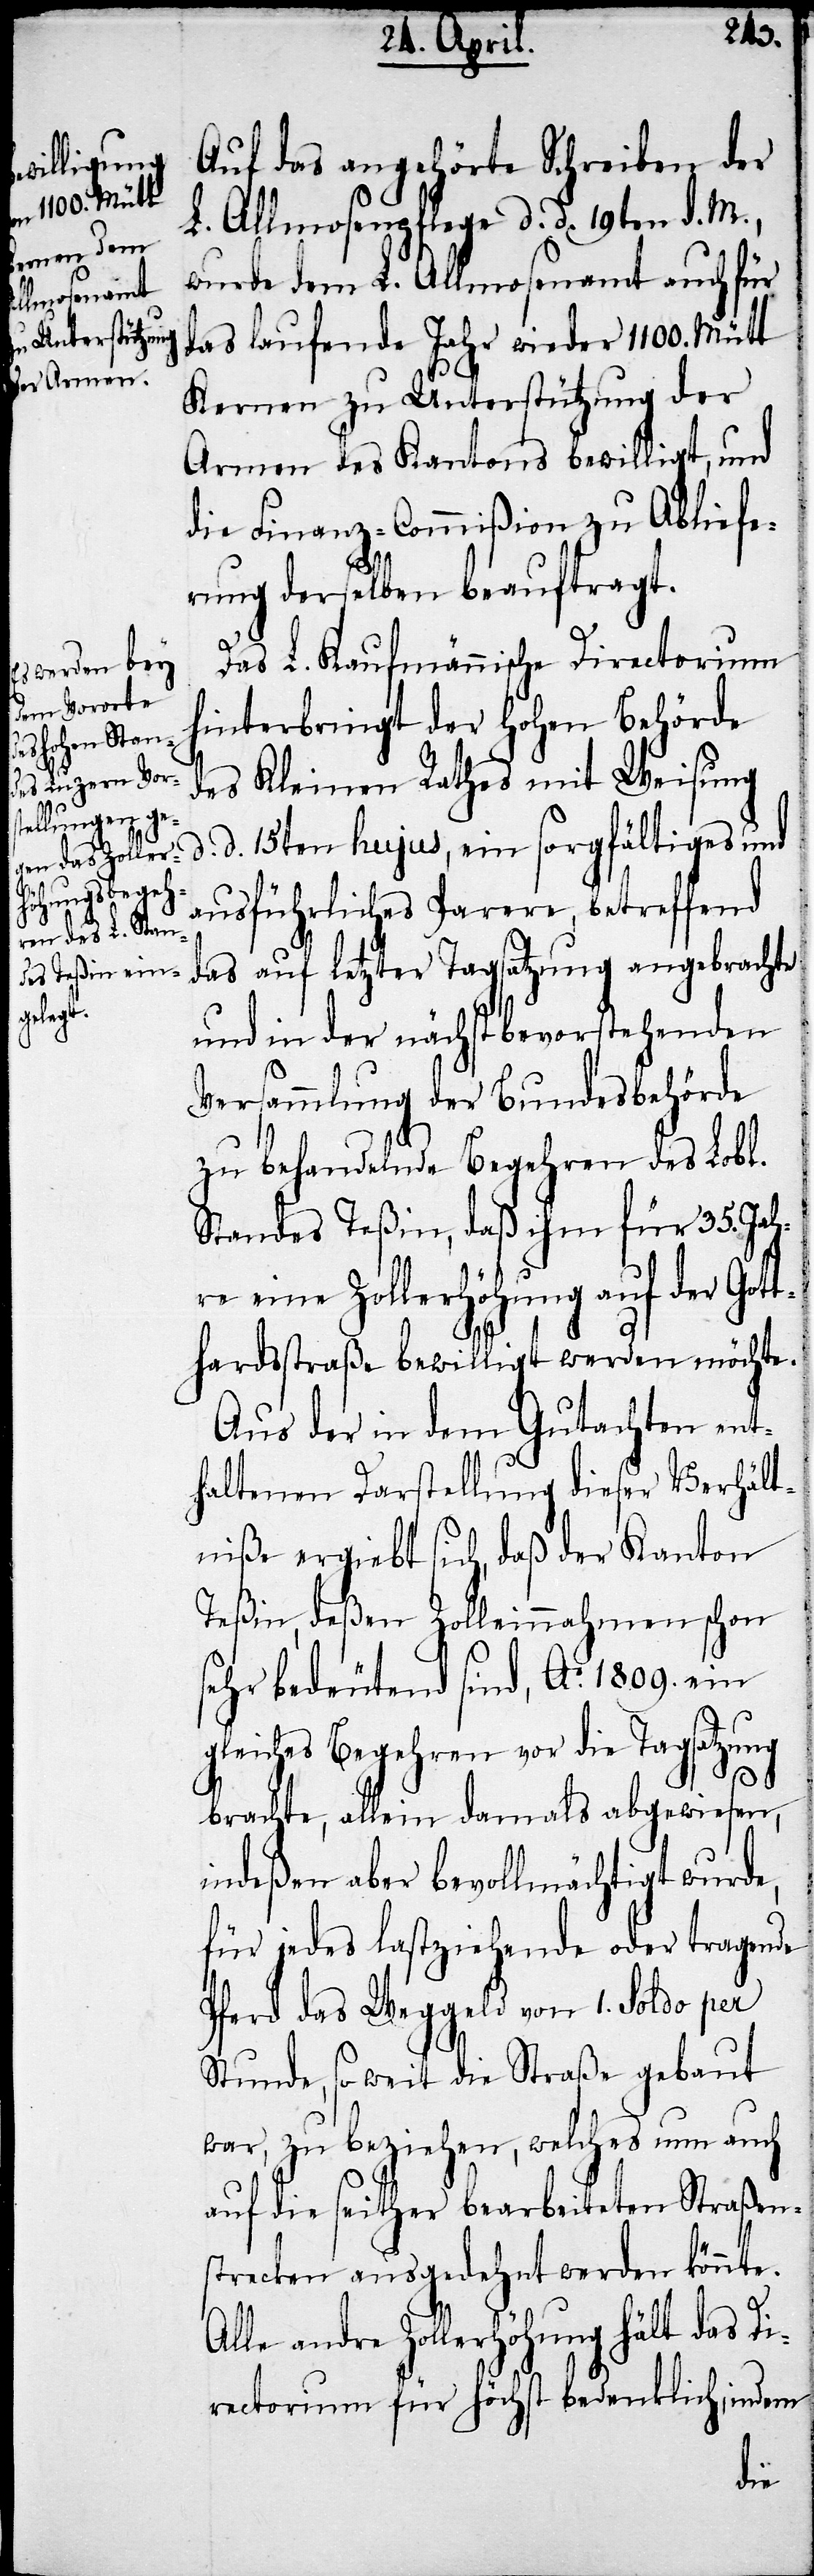
Das L. Kaufmännsiche Directorium
hinterbringt der hohen Behörde
des Kleinen Rathes mit Weisung
d. 15ten hujus, ein sorgfältiges und
ausführliches Parere, betreffend
das auf letzter Tagsatzung angebrachte
und in der nächstbevorstehenden
Versammlung der Bundesbehörde
zu behandelnde Begehren des Lobl.
Standes Teßin, daß ihm für 35. Jah¬
re eine Zollerhöhung auf der Got¬
thardstraße bewilligt werden möchte.
Aus der in dem Gutachten ent¬
haltenen Darstellung dieser Verhält¬
niße ergiebt sich, daß der Kanton
Teßin, deßen Zolleinnahmen schon
sehr bedeutend sind, Ao. 1809. ein
gleiches Begehren vor die Tagsatzung
brachte, allein damals abgewiesen,
indeßen aber bevollmächtigt wurde,
für jedes lastziehende oder tragende
Pferd das Weggeld von 1. Saldo per
Stunde, so weit die Straße gebaut
war, zu beziehen, welches nun auch
auf die seither bearbeiteten Straßen¬
strecken ausgedehnt werden könnte.
Alle andre Zollerhöhung hält das Di¬
rectorium für höchst bedenklich, indem